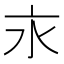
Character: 𣱵